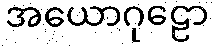
အယောဂုဠော